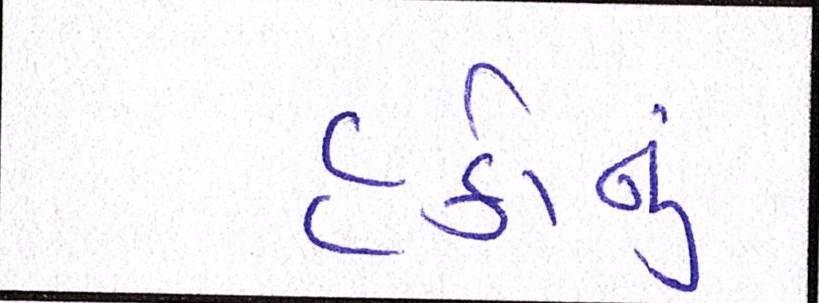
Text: હકોનું